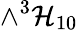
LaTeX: \wedge^{3}\mathcal{H}_{10}